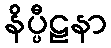
နိပ္ပီဠနာ